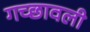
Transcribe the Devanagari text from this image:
गच्छावली